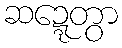
ဆဍ္ဍေတွာ